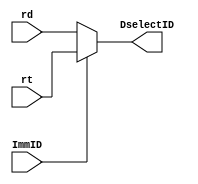
`timescale 1ns / 1ps
//////////////////////////////////////////////////////////////////////////////////
// Sam Bolduc and Aryan Mehrotra
// 
// Module Name: Multiplexer 32-bit
// Project Name: Assignment 4
//////////////////////////////////////////////////////////////////////////////////


module mux32(rt, rd, ImmID, DselectID);
    input[31:0] rt, rd;
    input ImmID;
    output[31:0] DselectID;
    
    assign DselectID = ImmID ? rt:rd;
endmodule